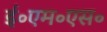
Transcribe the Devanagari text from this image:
ई॰एम॰एस॰